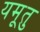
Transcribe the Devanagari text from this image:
यमूतु